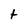
Character: t